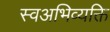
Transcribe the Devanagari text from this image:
स्वअभिव्यक्ति